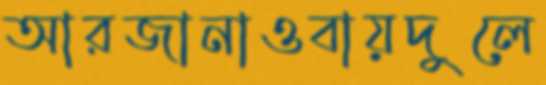
আরজানাওবায়দুলে